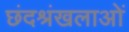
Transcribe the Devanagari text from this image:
छंदश्रंखलाओं